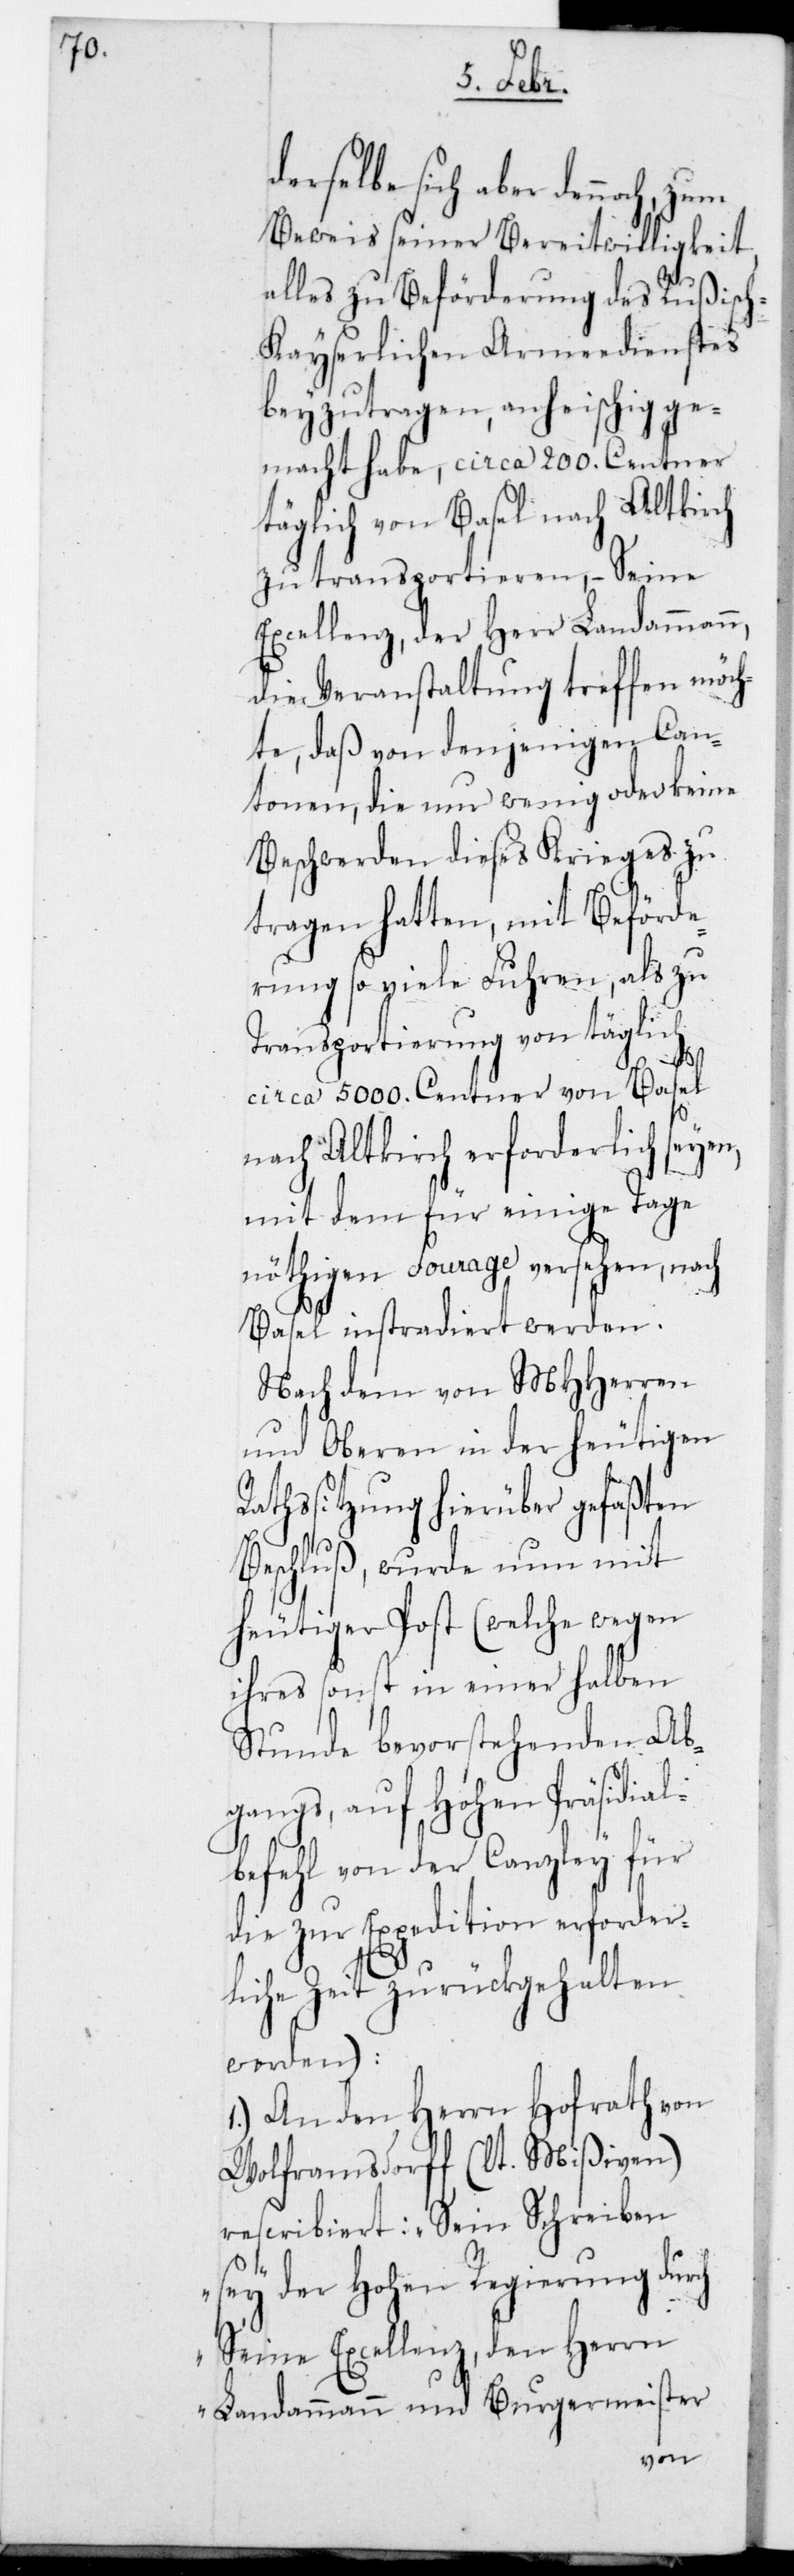
derselbe sich aber dennoch zum
Beweis seiner Bereitwilligkeit,
alles zu Beförderung des Rußisc¬
h-Kayserlichen Armeedienstes
beyzutragen anheischig ge¬
macht habe, circa 200. Centner
täglich von Basel nach Altkirch
zu transportieren, – Seine
Excellenz der Herr Landammann,
die Veranstaltung treffen möch¬
te, daß von denjenigen Can¬
tonen, die nur wenig oder keine
Beschwerden dieses Krieges zu
tragen hatten, mit Beförde¬
rung so viele Fuhren als zu
Transportierung von täglich
al¬
circa 5000. Centner von Basel
nach Altkirch erforderlich seyen,
mit dem für einige Tage
nöthigen Fourage versehen, nach
Basel instradiert werden.
Nach dem von MHHerren
und Oberen in der heutigen
Rathßitzung hierüber gefaßten
Beschluß, wurde nun mit
heutiger Post (welche wegen
ihres sonst in einer halben
Stunde bevorstehenden Ab¬
gangs, auf Hohen Präsidi¬
befehl von der Canzley für
die zur Expedition erforder¬
liche Zeit zurückgehalten
worden):
1.) An den Herrn Hofrath von
Wolframsdorff (lt. Mißiven)
rescribiert: „Sein Schreiben
sey der Hohen Regierung dur¬
ch Seine Excellenz, den Herrn
Landammann und Burgermeister